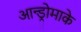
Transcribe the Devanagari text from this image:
आन्ड्रोमाके